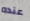
عنده